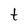
Character: t